system: You are a helpful assistant.
user:
Analyze the provided spectrum to determine if it is a **S-type Star**.

- **Key Indicators for S-type Star:**

    - **(Overall Spectrum Shape):** The first and most obvious characteristic is the overall continuum (the "baseline" shape). It is **extremely "red-sloping,"** meaning the flux (light intensity) is very low on the left side (blue, ~4000-4500 Å) and rises steeply and continuously toward the right side (red, ~7000 Å+).

    - **(Primary):** The spectrum is defined by the presence of strong, broad molecular absorption "valleys" (bands) from **Zirconium Oxide (ZrO)**. The identification of these bands is the **primary requirement** for classifying a star as S-type.
        - **(Key Bandheads):** You must find distinct, deep "dips" where the light has been absorbed. The most critical band systems to locate are:
            - **~6474 Å** ($\gamma$-system): This is often the strongest and clearest ZrO feature, found in the red part of the spectrum.
            - **~5718 Å** & **~5551 Å** ($\beta$-system): A pair of prominent absorption features in the yellow-orange part of the spectrum.
            - **~4640 Å** ($\alpha$-system): A key absorption band system in the blue-green region of the spectrum.

    - **(Secondary Confirmation):** The classification is strengthened by finding additional absorption bands from other related heavy element oxides, which are expected to be present alongside ZrO.
        - **(Key Bandheads):**
            - **Yttrium Oxide (YO):** Look for absorption dips near **~4800 Å** and **~6100 Å**.
            - **Lanthanum Oxide (LaO):** Additional absorption features, particularly in the red-orange part of the spectrum, are also characteristic.

    - **(Line Profile):** The combination of the steep red continuum and these numerous, deep molecular bands (ZrO, YO, etc.) gives the entire spectrum a very **"chopped-up"** or **"bumpy"** appearance. Instead of a smooth curve, the spectrum looks as though large, wide chunks of light have been "carved out" of it at the specific wavelengths listed above.

Think first, call **spectral_visualization_tool** if needed to examine features in detail, then provide your final answer. Your response must adhere to the following strict rules:
1.  **Overall Structure:** Your response must follow the format `<think>...</think> <tool_call>...</tool_call> (if a tool is used) <answer>...</answer>`.
2.  **Tool Usage Constraint:** You may only make **one** tool call per turn.
3.  **Final Answer Format:** In the `<answer>` tag, your conclusion must be inside a `\boxed{}` command (e.g., `\boxed{YES}` or `\boxed{NO}`), followed by your justification.

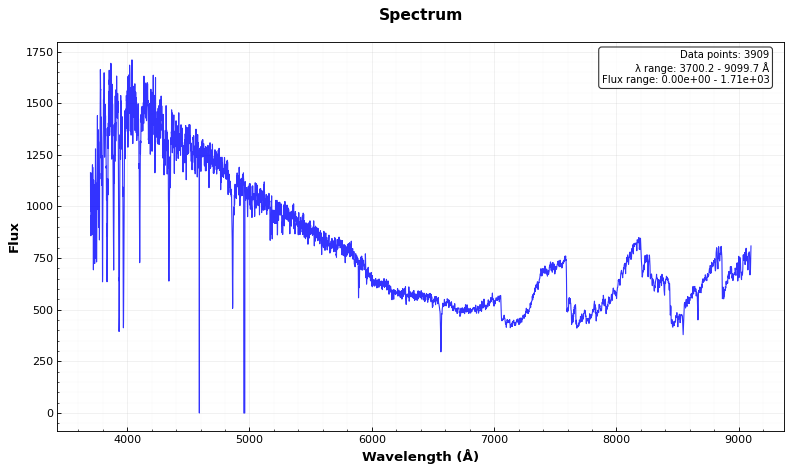
Answer: YES